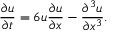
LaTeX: { \frac { \partial u } { \partial t } } = 6 u { \frac { \partial u } { \partial x } } - { \frac { \partial ^ { 3 } u } { \partial x ^ { 3 } } } .